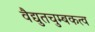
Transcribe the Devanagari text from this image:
वैद्युतचुम्बकत्व